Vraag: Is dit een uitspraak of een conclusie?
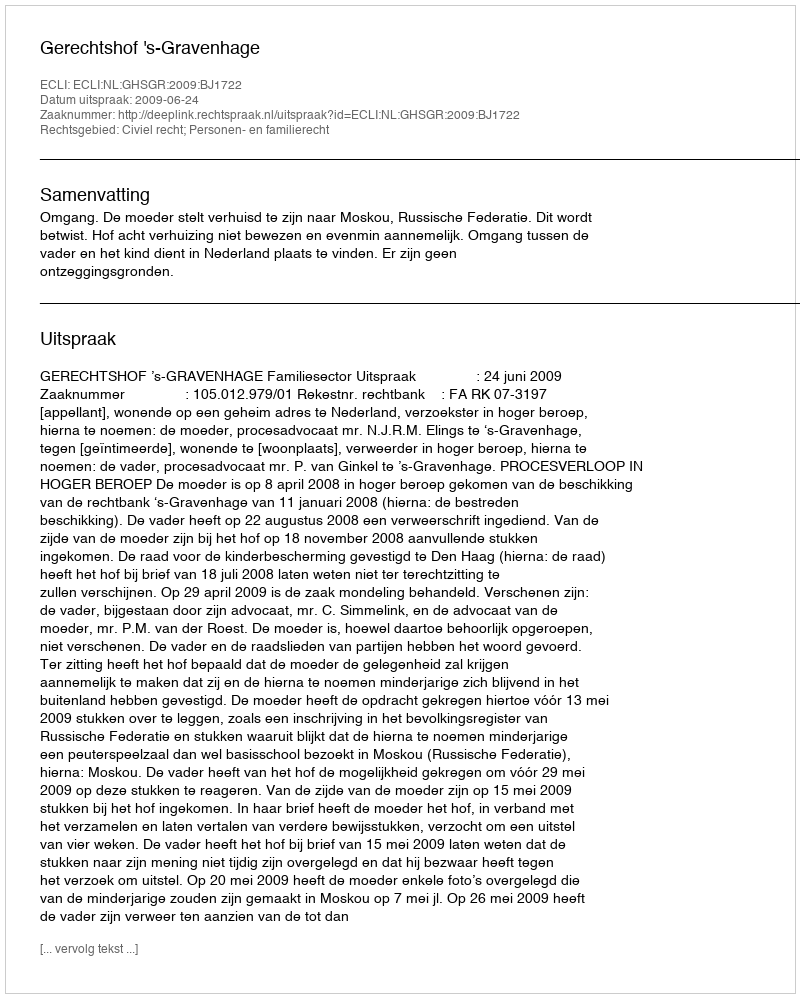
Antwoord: Uitspraak